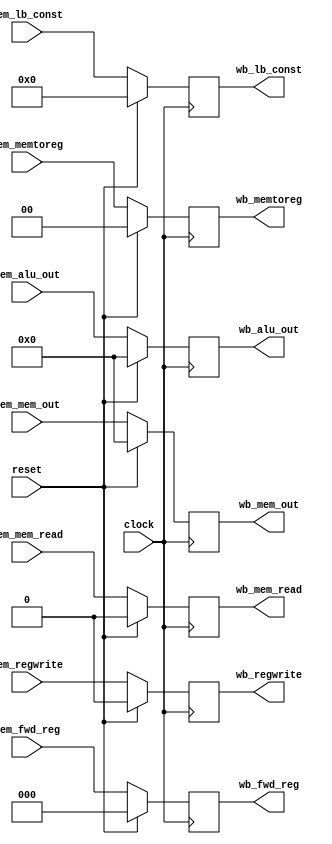
`timescale 1ns / 1ps
//////////////////////////////////////////////////////////////////////////////////
// Company: 
// Engineer: 
// 
// Design Name: 
// Module Name:    MEM_WB_Buffer 
// Project Name: 
// Target Devices: 
// Tool versions: 
// Description: 
//
// Dependencies: 
//
// Revision: 
// Revision 0.01 - File Created
// Additional Comments: 
//
//////////////////////////////////////////////////////////////////////////////////
module MEM_WB_Buffer(clock,reset,mem_mem_out,mem_alu_out,mem_lb_const,mem_fwd_reg,
							wb_mem_out,wb_alu_out,wb_lb_const,wb_fwd_reg,mem_memtoreg,mem_regwrite,
							wb_memtoreg,wb_regwrite,mem_mem_read,wb_mem_read
    );
	 
	input clock,reset;
	input [2:0] mem_fwd_reg;
	input [7:0] mem_lb_const;
	input [15:0] mem_mem_out,mem_alu_out;
	input [1:0] mem_memtoreg;
	input mem_regwrite,mem_mem_read;
	
	output reg [2:0] wb_fwd_reg;
	output reg [7:0] wb_lb_const;
	output reg [15:0] wb_mem_out,wb_alu_out;
	output reg [1:0] wb_memtoreg;
	output reg wb_regwrite,wb_mem_read;

	always@(posedge clock) begin
		if(reset)
			wb_fwd_reg = 'd0;
		else
			wb_fwd_reg = mem_fwd_reg;
	end
	
	always@(posedge clock) begin
		if(reset)
			wb_lb_const = 'd0;
		else
			wb_lb_const = mem_lb_const;
	end
	
	always@(posedge clock) begin
		if(reset)
			wb_mem_out = 'd0;
		else
			wb_mem_out = mem_mem_out;
	end
	
	always@(posedge clock) begin
		if(reset)
			wb_alu_out = 'd0;
		else
			wb_alu_out = mem_alu_out;
	end
	
	always@(posedge clock) begin
		if(reset)
			wb_memtoreg = 'd0;
		else
			wb_memtoreg = mem_memtoreg;
	end
	
	always@(posedge clock) begin
		if(reset)
			wb_regwrite = 'd0;
		else
			wb_regwrite = mem_regwrite;
	end
	
	always@(posedge clock) begin
		if(reset)
			wb_mem_read = 'd0;
		else
			wb_mem_read = mem_mem_read;
	end
	
endmodule